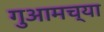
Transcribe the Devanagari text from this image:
गुआमच्या